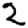
Digit: 2